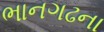
ભાનગઢના